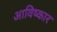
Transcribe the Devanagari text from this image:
आविष्‍कार